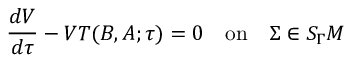
\frac { d V } { d \tau } - V T ( B , A ; \tau ) = 0 \quad \mathrm { o n } \quad \Sigma \in S _ { \Gamma } M